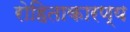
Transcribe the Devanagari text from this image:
रोहिताकारण्य